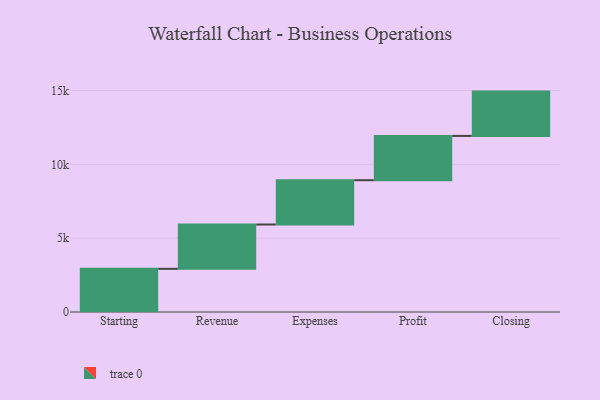
{"axis": {"x": "Step", "y": "Value"}, "legend": [""], "data": [{"x": "Starting", "y": 2923.0, "type": ""}, {"x": "Revenue", "y": 3000, "type": ""}, {"x": "Expenses", "y": 3000, "type": ""}, {"x": "Profit", "y": 3000, "type": ""}, {"x": "Closing", "y": 3000, "type": ""}]}